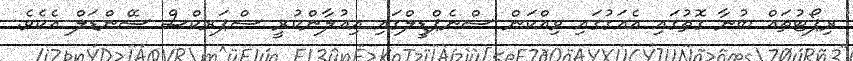
ރިޕޯޓުތައް ބުނާ ގޮތުގައި އެއަގުގައި ވިއްކަން ސްނެޕްޑީލްގައި އިއުލާންކުރީ ސްޕަރކްސް ސޭންޑަލް އެކެވެ.